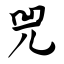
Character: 兕